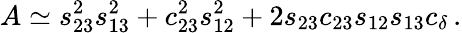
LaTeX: A\simeq s_{23}^{2}s_{13}^{2}+c_{23}^{2}s_{12}^{2}+2s_{23}c_{23}s_{12}s_{13}c_{\delta}\, .